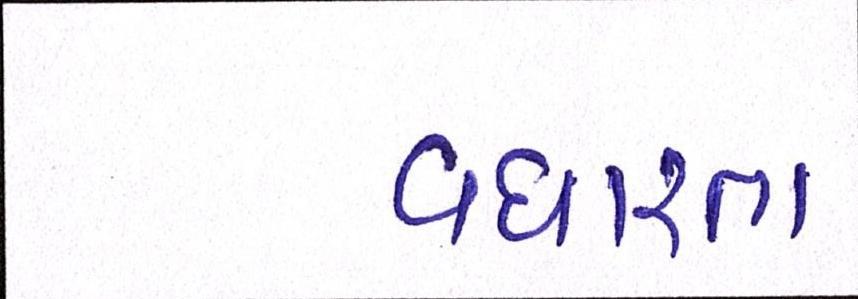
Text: વધારતા